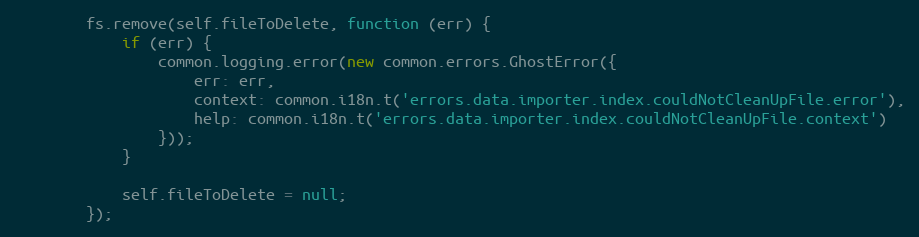
Language: JavaScript
        fs.remove(self.fileToDelete, function (err) {
            if (err) {
                common.logging.error(new common.errors.GhostError({
                    err: err,
                    context: common.i18n.t('errors.data.importer.index.couldNotCleanUpFile.error'),
                    help: common.i18n.t('errors.data.importer.index.couldNotCleanUpFile.context')
                }));
            }

            self.fileToDelete = null;
        });